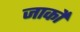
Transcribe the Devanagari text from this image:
जार्को